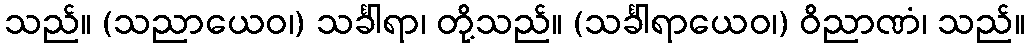
သည်။ (သညာယေဝ၊) သင်္ခါရာ၊ တို့သည်။ (သင်္ခါရာယေဝ၊) ဝိညာဏံ၊ သည်။